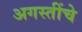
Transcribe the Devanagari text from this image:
अगस्तींचे